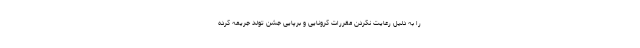
را به دلیل رعایت نکردن مقررات کرونایی و برپایی جشن تولد جریمه کرده